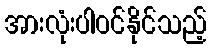
အားလုံးပါဝင်နိုင်သည့်